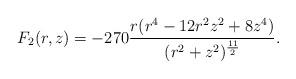
LaTeX: \begin{align*}F_2(r,z)= -270 \frac { r (r^4 - 12 r^2 z^2 + 8 z^4)} {(r^2 +z^2)^{\frac {11}2}}.\end{align*}